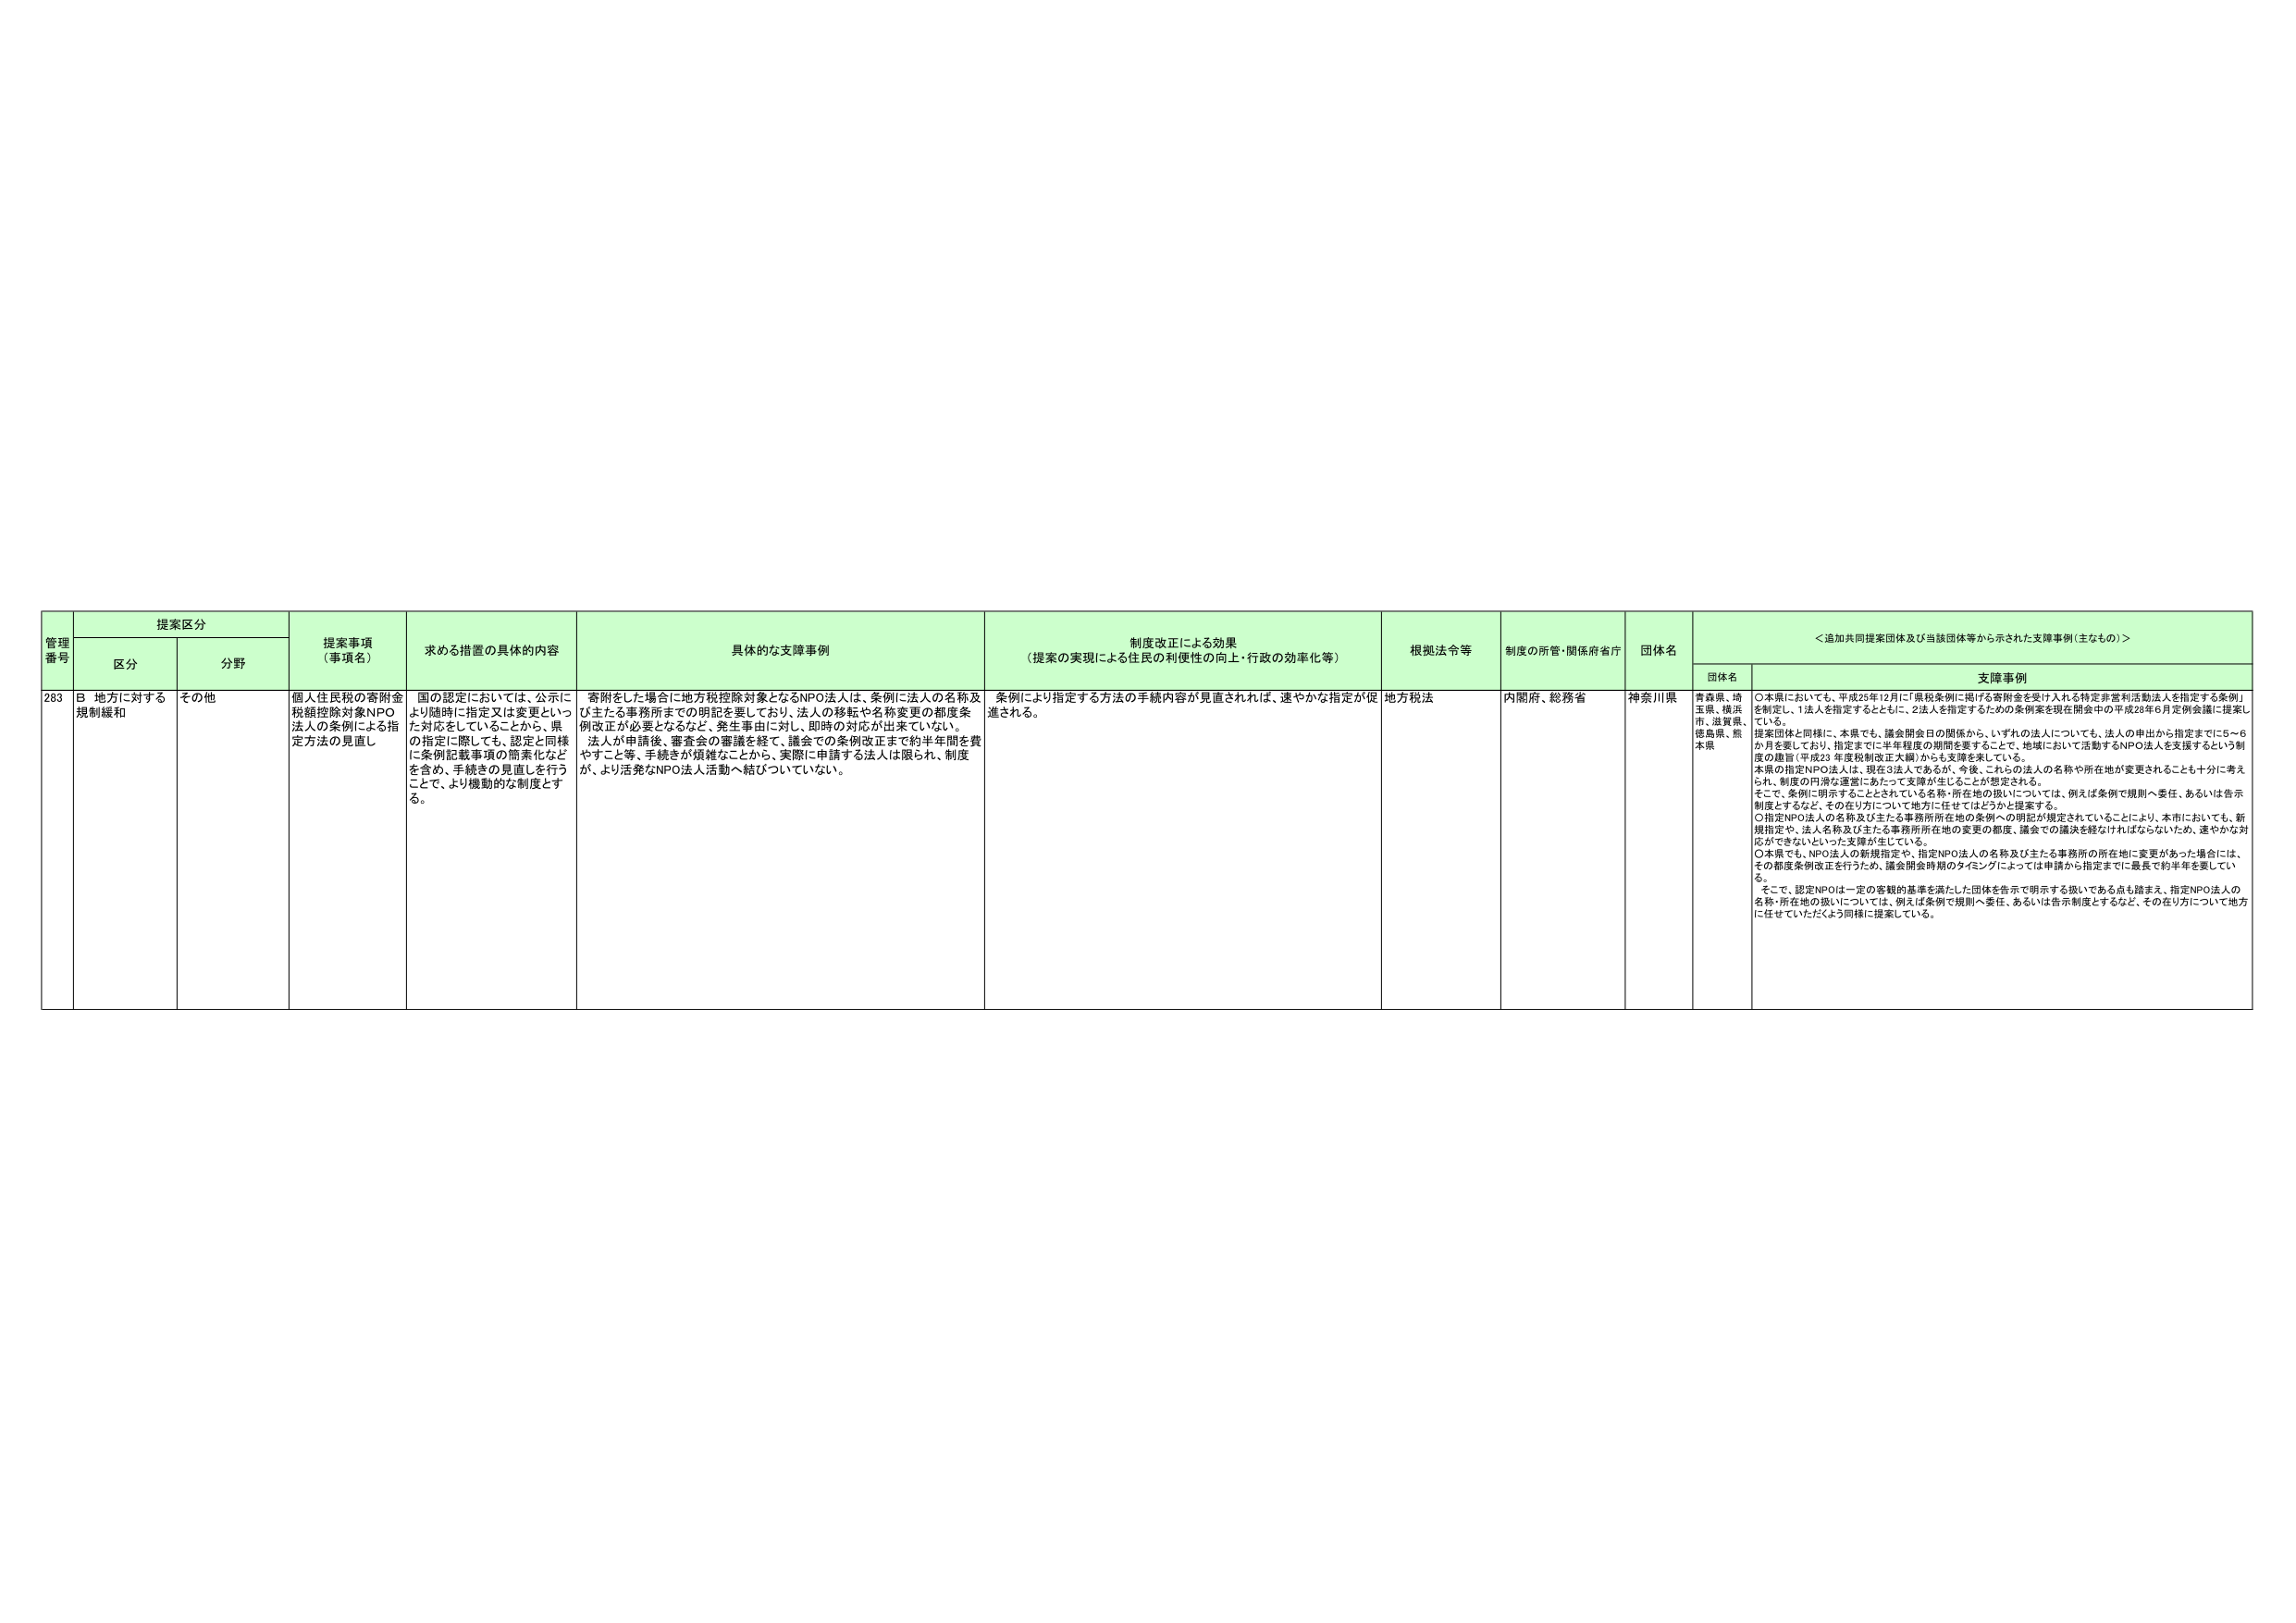
管理番号 提案区分 提案事項（事項名） 求める措置の具体的内容 具体的な支障事例 制度改正による効果（提案の実現による住民の利便性の向上・行政の効率化等） 根拠法令等 制度の所管・関係府省庁 団体名 ＜追加共同提案団体及び当該団体等から示された支障事例（主なもの）＞
区分 分野 団体名 支障事例
283 B 地方に対する規制緩和 その他 個人住民税の寄附金税額控除対象NPO法人の条例による指定方法の見直し 国の認定においては、公示により随時に指定又は変更といった対応をしていることから、県の指定に際しても、認定と同様に条例記載事項の簡素化などを含め、手続きの見直しを行うことで、より機動的な制度とする。 寄附をした場合に地方税控除対象となるNPO法人は、条例に法人の名称及び主たる事務所までの明記を要しており、法人の移転や名称変更の都度条例改正が必要となるなど、発生事由に対し、即時の対応が出来ていない。法人が申請後、審査会の審議を経て、議会での条例改正まで約半年間を費やすこと等、手続きが煩雑なことから、実際に申請する法人は限られ、制度が、より活発なNPO法人活動へ結びついていない。 条例により指定する方法の手続内容が見直されれば、速やかな指定が促進される。 地方税法 内閣府、総務省 神奈川県 青森県、埼玉県、横浜市、滋賀県、徳島県、熊本県 ○本県においても、平成25年12月に「県税条例に掲げる寄附金を受け入れる特定非営利活動法人を指定する条例」を制定し、1法人を指定するとともに、2法人を指定するための条例案を現在開会中の平成28年6月定例会議に提案している。提案団体と同様に、本県でも、議会開会日の関係から、いずれの法人についても、法人の申出から指定までに5～6か月を要しており、指定までに半年程度の期間を要することで、地域において活動するNPO法人を支援するという制度の趣旨（平成23年度税制改正大綱）からも支障を来している。本県の指定NPO法人は、現在3法人であるが、今後、これらの法人の名称や所在地が変更されることも十分に考えられ、制度の円滑な運営にあたって支障が生じることが想定される。そこで、条例に明示することとされている名称・所在地の扱いについては、例えば条例で規則へ委任、あるいは告示制度とするなど、その在り方について地方に任せてはどうかと提案する。○指定NPO法人の名称及び主たる事務所所在地の条例への明記が規定されていることにより、本市においても、新規指定や、法人名称及び主たる事務所所在地の変更の都度、議会での議決を経なければならないため、速やかな対応ができないといった支障が生じている。○本県でも、NPO法人の新規指定や、指定NPO法人の名称及び主たる事務所の所在地に変更があった場合には、その都度条例改正を行うため、議会開会時期のタイミングによっては申請から指定までに最長で約半年を要している。そこで、認定NPOは一定の客観的基準を満たした団体を告示で明示する扱いである点も踏まえ、指定NPO法人の名称・所在地の扱いについては、例えば条例で規則へ委任、あるいは告示制度とするなど、その在り方について地方に任せていただくよう同様に提案している。